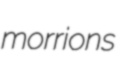
morrions